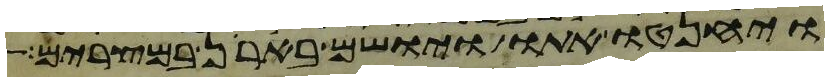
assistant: ויחנטו אתו ויושם בארן במצרים